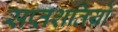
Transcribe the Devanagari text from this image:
सप्तशतियों